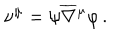
\nu ^ { \mu } = \psi \overline { { \nabla } } { ^ \mu } \varphi \, .